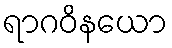
ရာဂဝိနယော